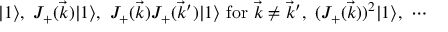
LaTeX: | 1 \rangle , \, \, J _ { + } ( \vec { k } ) | 1 \rangle , \, \, J _ { + } ( \vec { k } ) J _ { + } ( \vec { k } ^ { \prime } ) | 1 \rangle \, \, \mathrm { f o r } \, \, \vec { k } \not = \vec { k } ^ { \prime } , \, \, ( J _ { + } ( \vec { k } ) ) ^ { 2 } | 1 \rangle , \, \, \cdots